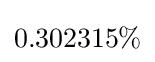
0.302315\%